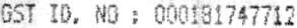
GST ID. NO : 000181747712